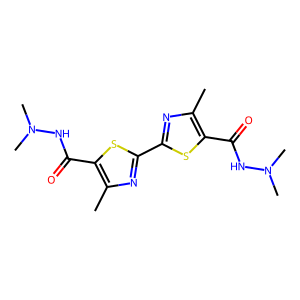
SMILES: Cc1nc(-c2nc(C)c(C(=O)NN(C)C)s2)sc1C(=O)NN(C)C
Inhibits HIV replication: No